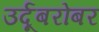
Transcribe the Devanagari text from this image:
उर्दूबरोबर